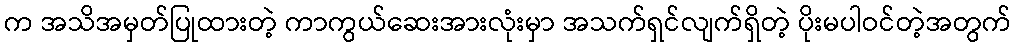
က အသိအမှတ်ပြုထားတဲ့ ကာကွယ်ဆေးအားလုံးမှာ အသက်ရှင်လျက်ရှိတဲ့ ပိုးမပါဝင်တဲ့အတွက်